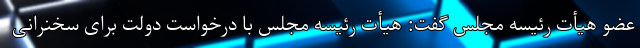
عضو هیأت رئیسه مجلس گفت: هیأت رئیسه مجلس با درخواست دولت برای سخنرانی